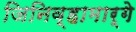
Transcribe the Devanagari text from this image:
जिनिव्हामार्गे